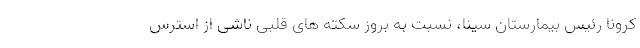
کرونا رئیس بیمارستان سینا، نسبت به بروز سکته های قلبی ناشی از استرس